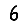
Digit: 6